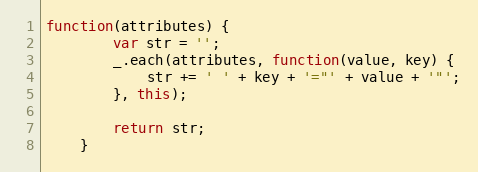
Language: JavaScript
function(attributes) {
        var str = '';
        _.each(attributes, function(value, key) {
            str += ' ' + key + '="' + value + '"';
        }, this);

        return str;
    }